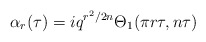
\begin{align*}\alpha_r(\tau)=iq^{r^2/2n}\Theta_1(\pi r \tau,n \tau)\end{align*}